Sanitation, dispensaries and jails vaccination Rajputana 1922-1927 - 1922-1927
Year: 1922
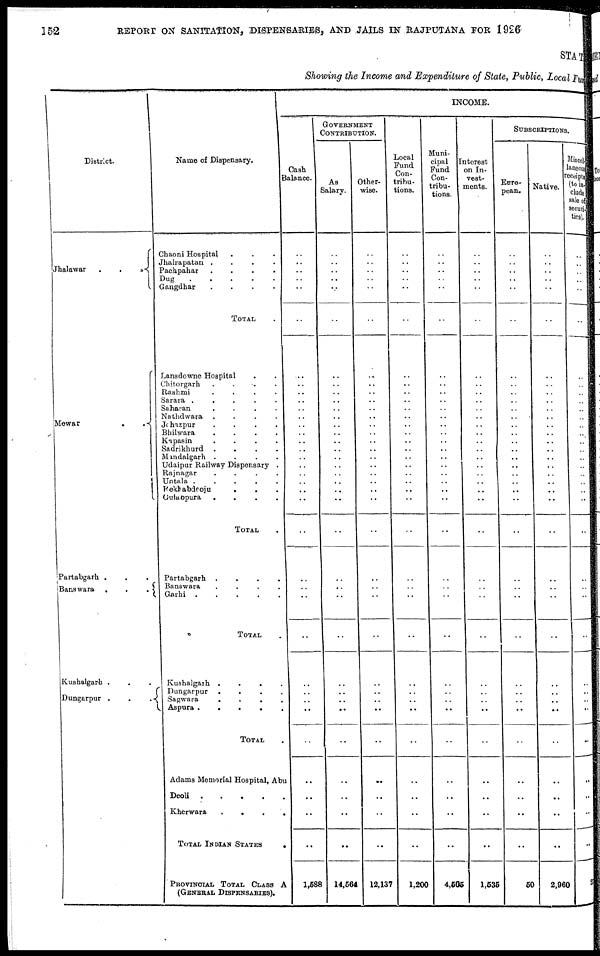
152
REPORT ON SANITATION, DISPENSARIES, AND JAILS IN RAJPUTANA FOR 1926
STATE
Showing the Income and Expenditure of State, Public, Local Fund
District.
Jhalawar
.
.
.
.
Mewar
.
.
.
.
Partabgarh . . . .
Banswara
.
.
.
.
Kushalgarh .
Dungarpur . . . .
Name of Dispensary.
Chaoni Hospital . . .
Jhalrapatan . . .
Pachpahar . . .
Dug
.
.
.
.
Gangdhar
.
.
.
.
TOTAL .
Lansdowne Hospital . .
Chitorgarh
.
.
.
.
Rashmi
.
.
.
.
.
Sarara . . . . .
Saharan
.
.
.
.
Nathdwara
.
.
.
.
Johazpur
.
.
.
.
Bhilwara
.
.
.
.
Kapasin
.
.
.
.
.
Sadrikhurd
.
.
.
.
Mandalgarh . .
. . .
Udaipur Railway Dispensary .
Rajnagar
.
.
.
.
.
Untala
.
.
.
.
.
Fekhabdeoju . . . .
Gulabpura
.
.
.
.
TOTAL .
Partabgarh
.
.
.
.
Banswara
.
.
.
.
Garhi . . . .
TOTAL .
Kushalgarh . . . . .
Dungarpur . . . . .
Sagwara . . . . . .
Aspura
.
.
.
.
TOTAL .
Adams Memorial Hospital, Abu
Deoli
.
.
.
.
.
Kherwara . . . . .
TOTAL INDIAN STATES .
PROVINCIAL TOTAL CLASS A
(GENERAL DISPENSARIES).
INCOME.
Cash
Balance.
..
..
..
..
..
..
..
..
..
..
..
..
..
..
..
..
..
..
..
..
..
..
..
..
..
..
..
..
..
..
..
..
..
..
..
..
1,588
GOVERNMENT
CONTRIBUTION.
As
Salary.
..
..
..
..
..
..
..
..
..
..
..
..
..
..
..
..
..
..
..
..
..
..
..
..
..
..
..
..
..
..
..
..
..
..
..
..
14,564
Other-
wise.
..
..
..
..
..
..
..
..
..
..
..
..
..
..
..
..
..
..
..
..
..
..
..
..
..
..
..
..
..
..
..
..
..
..
..
..
12,137
Local
Fund
Con-
tribu-
tions.
..
..
..
..
..
..
..
..
..
..
..
..
..
..
..
..
..
..
..
..
..
..
..
..
..
..
..
..
..
..
..
..
..
..
..
..
1,200
Muni-
cipal
Fund
Con-
tribu-
tions.
..
..
..
..
..
..
..
..
..
..
..
..
..
..
..
..
..
..
..
..
..
..
..
..
..
..
..
..
..
..
..
..
..
..
..
..
4,505
Interest
on In-
vest-
ments.
..
..
..
..
..
..
..
..
..
..
..
..
..
..
..
..
..
..
..
..
..
..
..
..
..
..
..
..
..
..
..
..
..
..
..
..
1,535
SUBSCRIPTIONS.
Euro-
pean.
..
..
..
..
..
..
..
..
..
..
..
..
..
..
..
..
..
..
..
..
..
..
..
..
..
..
..
..
..
..
..
..
..
..
..
..
50
Native.
..
..
..
..
..
..
..
..
..
..
..
..
..
..
..
..
..
..
..
..
..
..
..
....
..
..
..
..
..
..
..
..
..
..
..
..
2,960
Miscel-
laneous
receipts
(to in-
clude
sale of
securi-
ties).
..
..
..
..
..
..
..
..
..
..
..
..
..
..
..
..
..
..
..
..
..
..
..
..
..
..
..
..
..
..
..
..
..
..
..
..
2